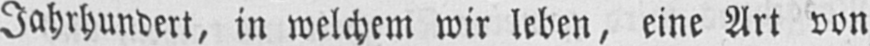
Jahrhundert, in welchem wir leben, eine Art von